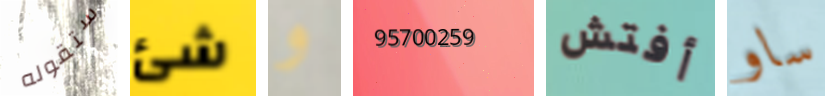
ستقوله شئ و 95700259 أفتش ساو